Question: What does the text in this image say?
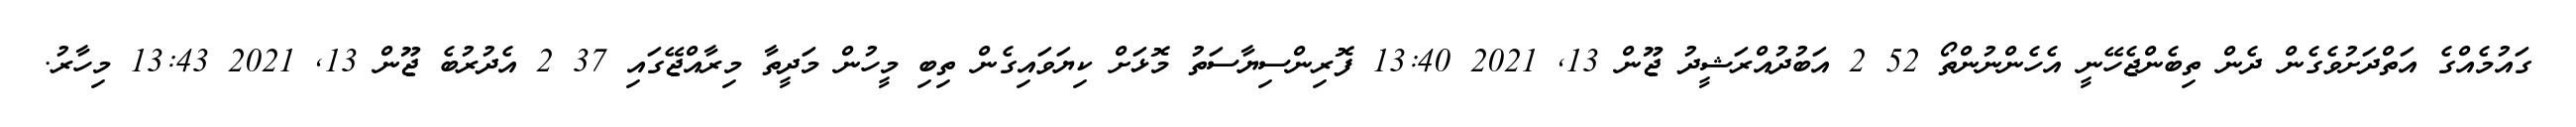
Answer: ގައުމެއްގެ އަތްދަށުވެގެން ދެން ތިބެންޖެހޭނީ އެހެންނުންތޯ 52 2 އަބުދުއްރަޝީދު ޖޫން 13, 2021 13:40 ފޮރިންސިޔާސަތު މޮޅަށް ކިޔަވައިގެން ތިބި މީހުން މަދީތާ މިރާއްޖޭގައި 37 2 އެދުރުބެ ޖޫން 13, 2021 13:43 މިހާރު.